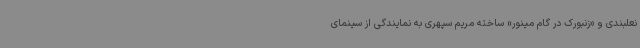
نعلبندی و «زنبورک در گام مینور» ساخته مریم سپهری به نمایندگی از سینمای